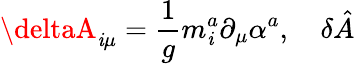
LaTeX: \deltaA_{\mathit{i}\mu}=\frac{1}{g}m_{\mathit{i}}^{a}\partial_{\mu}\alpha^{a},\quad\delta\hat{{A}}